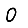
Digit: 0